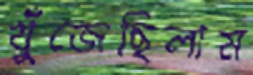
খুঁজেছিলাম